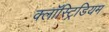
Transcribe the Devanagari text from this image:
क्लॉस्ट्रिडियम